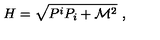
H = \sqrt { P ^ { i } P _ { i } + \mathcal { M } ^ { 2 } } \ ,